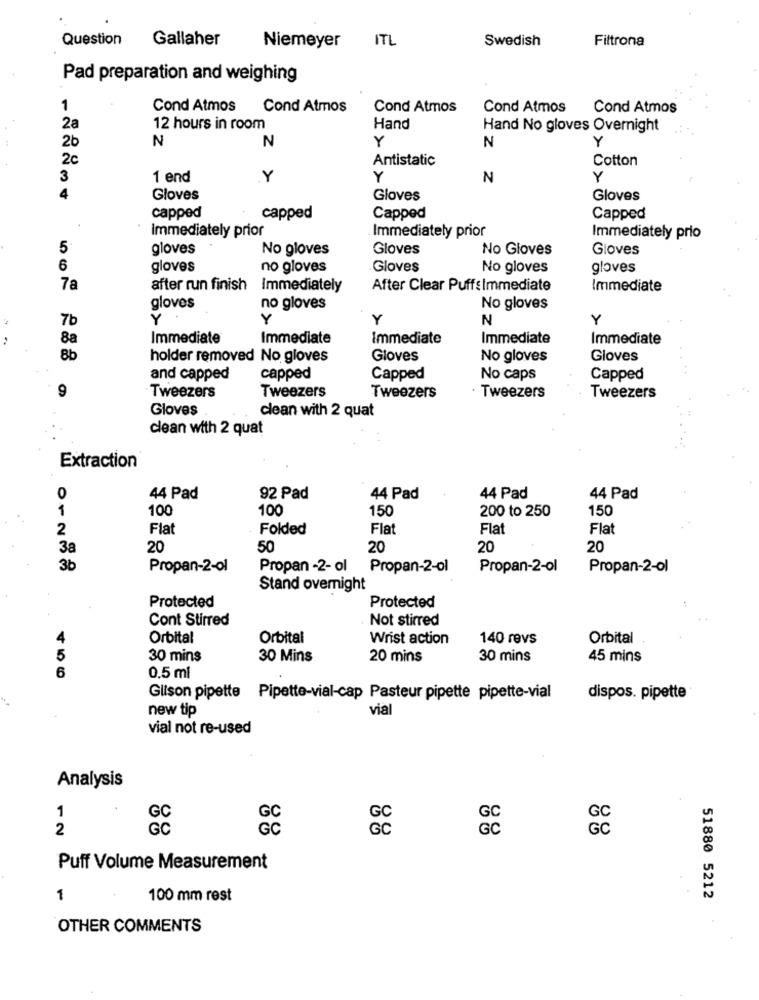
Question
Gallaher
Niemeyer
ITL
Swedish
Filtrona
Pad preparation and weighing
1
Cond Atmos
Cond Atmos
Cond Atmos
Cond Atmos
Cond Atmos
28
12 hours in room
Hand
Hand No gloves Overnight
2b
N
N
Y
N
Y
2c
Antistatic
Cotton
3
1 end
Y
Y
N
Y
4
Gloves
Gloves
Gloves
capped
capped
Capped
Capped
Immediately prior
Immediately prior
Immediately prio
5
gloves
No gloves
Gloves
No Gloves
Gioves
6
gloves
no gloves
Gloves
No gloves
gloves
7a
after run finish
Immediately
After Clear Puffs Immediate
Immediate
gloves
no gloves
No gloves
7b
Y
Y
Y
N
Y
2
8a
Immediate
Immediate
Immediate
Immediate
Immediate
8b
holder removed No gloves
Gloves
No gloves
Gloves
and capped
capped
Capped
No caps
Capped
Tweezers
Tweezers
Tweezers
9
· Tweezers
Tweezers
Gloves
clean with 2 quat
clean with 2 quat
Extraction
0
44 Pad
92 Pad
44 Pad
44 Pad
44 Pad
1
100
100
150
150
200 to 250
2
Flat
Folded
Flat
Flat
Flat
3a
20
50
20
20
20
3b
Propan-2-ol
Propan -2- ol
Propan-2-ol
Propan-2-ol
Propan-2-ol
Stand overnight
Protected
Protected
Cont Stirred
Not stirred
Orbital
Orbital
Wrist action
140 revs
Orbital
5
30 mins
30 Mins
20 mins
30 mins
45 mins
6
0.5 ml
Gilson pipette Pipette-vial-cap Pasteur pipette pipette-vial
dispos. pipette
new tip
via
vial not re-used
Analysis
1
2
6C
GC
Puff Volume Measurement
1
100 mm rest
51880 5212
OTHER COMMENTS